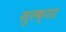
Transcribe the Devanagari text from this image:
सुरक्शा